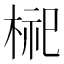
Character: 𪲢